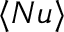
\langle N u \rangle